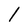
Character: l